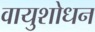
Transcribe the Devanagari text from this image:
वायुशोधन